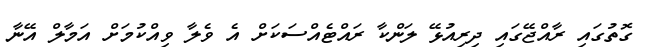
ގޮތުގައި ރާއްޖޭގައި ދިރިއުޅޭ ލަންކާ ރައްޓެއްސަކަށް އެ ވެލާ ވިއްކުމަށް އަމާލް އޭނާ